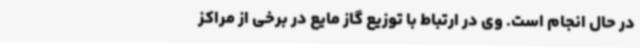
در حال انجام است. وی در ارتباط با توزیع گاز مایع در برخی از مراکز